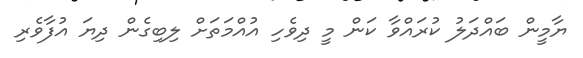
ޔާމީން ބައްދަލު ކުރައްވާ ކަން މީ ދިވެހި އުއްމަތަށް ލިބިގެން ދިޔަ އުފާވެރި